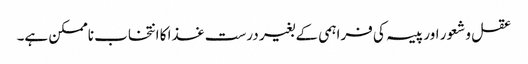
عقل و شعور اور پیسہ کی فراہمی کے بغیر درست غذا کا انتخاب ناممکن ہے۔